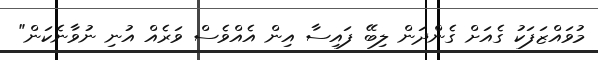
މުވައްޒަފަކު ގެއަށް ގެންދަން ލިބޭ ފައިސާ އިން އެއްވެސް ވަރެއް އުނި ނުވާނެކަން"